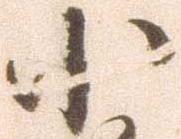
小